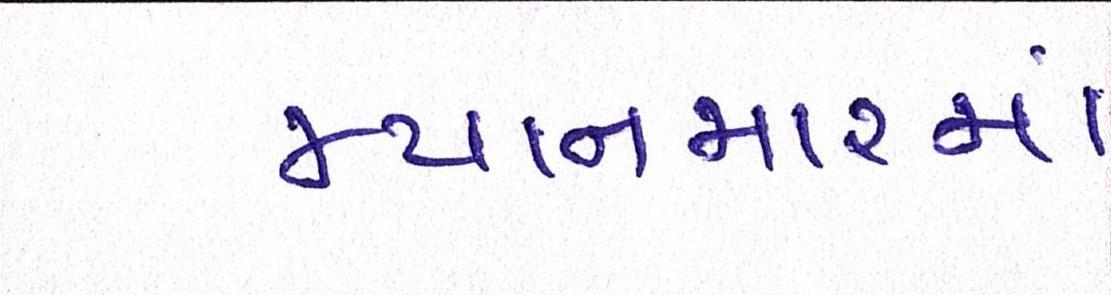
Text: મ્યાનમારમાં